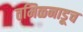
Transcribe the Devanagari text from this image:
तमिळनाडूच